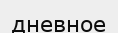
дневное